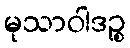
မုသာဝါဒဉ္စ